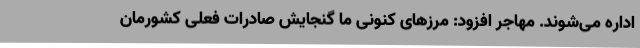
اداره می‌شوند. مهاجر افزود: مرزهای کنونی ما گنجایش صادرات فعلی کشورمان